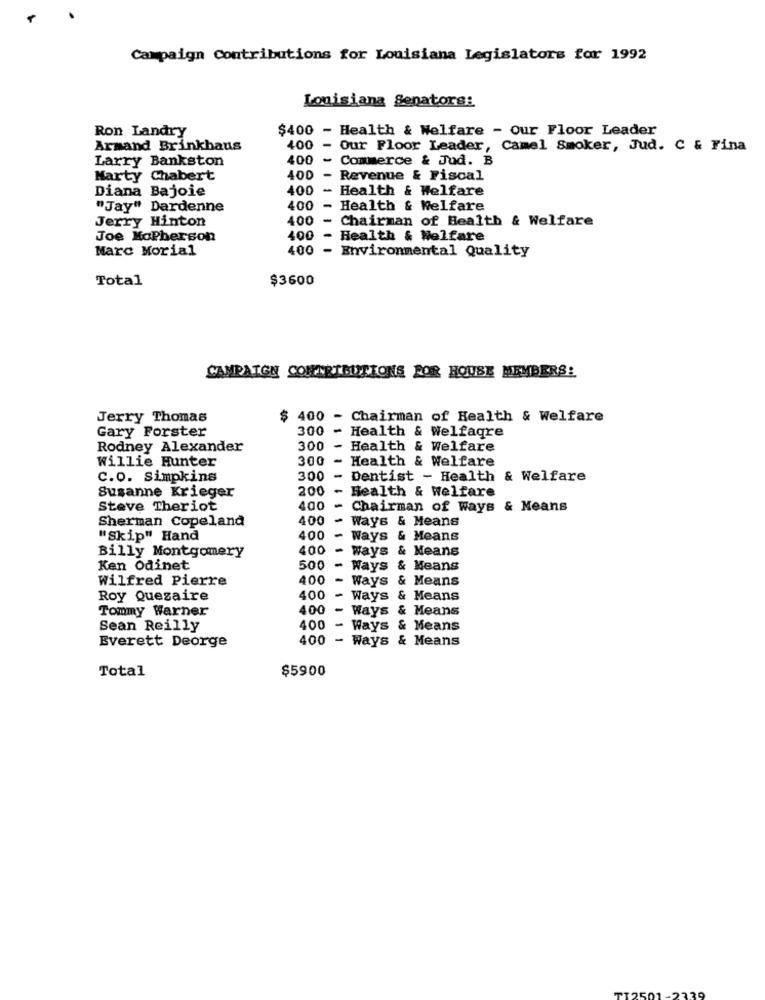
Campaign Contributions for Louisiana Legislators for 1992
Louisiana Senators:
Ron Landry
$400 - Health & Welfare - Our Floor Leader
Armand Brinkhaus
400 - Our Floor Leader, Camel Smoker, Jud. C & Fina
Larry Bankston
400 - Commerce & Jud. B
Marty Chabert
400 - Revenue & Fiscal
Diana Bajoie
400
Health & Welfare
"Jay" Dardenne
400 - Health & Welfare
Jerry Hinton
400
- Chairman of Health & Welfare
Joe MoPherson
400
- Health & Welfare
Marc Morial
400
- Environmental Quality
Total
$3600
CAMPAIGN CONTRIBUTIONS FOR HOUSE MEMBERS!
Jerry Thomas
$ 400 - Chairman of Health & Welfare
300
-
Health & Welfagre
Gary Forster
Rodney Alexander
300
-
Health & Welfare
Willie Hunter
300 -
Health & Welfare
C.O. Simpkins
300
-
Dentist - Health & Welfare
Susanne Krieger
200
-
Health & Welfare
Steve Theriot
400
-
Chairman of Ways & Means
Sherman Copeland
400
-
Ways & Means
"Skip" Hand
4.00
-
Ways & Means
400
Ways & Means
Billy Montgomery
Ken Odinet
500
-
Ways & Means
Wilfred Pierre
400
- Ways & Means
Roy Quezaire
400
- Ways & Means
Tommy Warner
400
- Ways & Means
Sean Reilly
400
- Ways & Means
Everett Deorge
400 - Ways & Means
Total
$5900